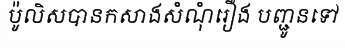
ប៉ូលិសបានកសាងសំណុំរឿង បញ្ជូនទៅ